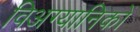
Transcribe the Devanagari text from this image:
विअग्यानिकों